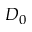
D _ { 0 }